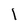
Character: l